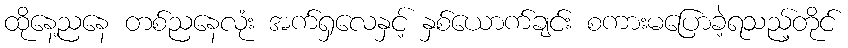
ထိုနေ့ညနေ တစ်ညနေလုံး အက်ရှလေနှင့် နှစ်ယောက်ချင်း စကားမပြောခဲ့ရသည့်တိုင်